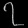
Digit: ၇